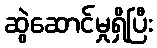
ဆွဲဆောင်မှုရှိပြီး